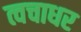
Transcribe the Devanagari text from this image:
त्वचाधर